Leaving Certificate Examination, 1922
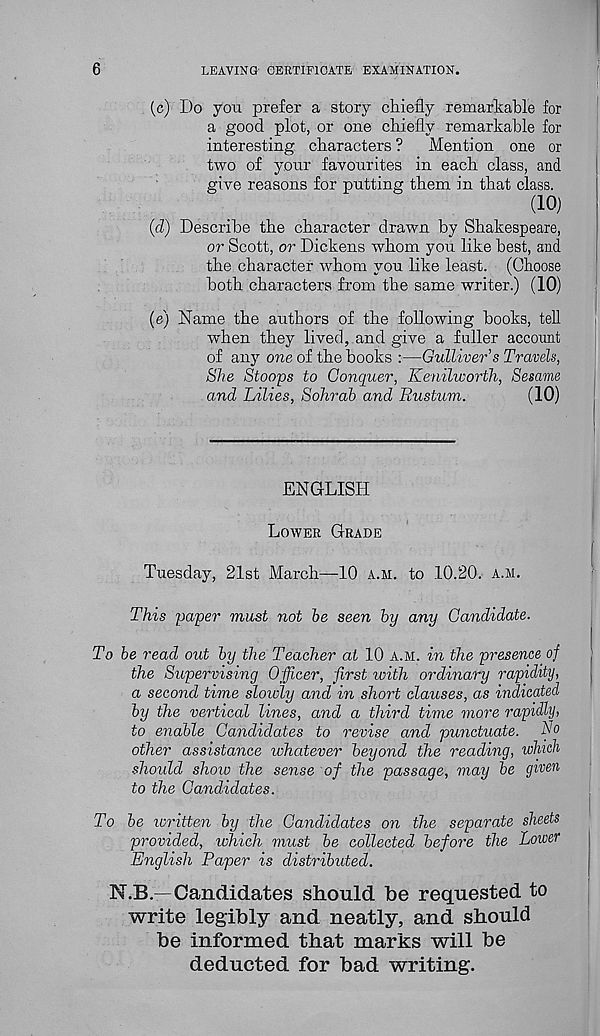
6
LEAVING CERTIFICATE EXAMINATION.
(c) Do you prefer a story chiefly remarkable for
a good plot, or one chiefly remarkable for
interesting characters ? Mention one or
two of your favourites in each class, and
give reasons for putting them in that class.
(10)
(d) Describe the character drawn by Shakespeare,
or Scott, or Dickens whom you like best, and
the character whom you like least. (Choose
both characters from the same writer.) (10)
(e) Name the authors of the following hooks, tell
when they lived, and give a fuller account
of any one of the books :—Gulliver’s Travels,
She Stoops to Conquer, Kenilworth, Sesame
and Lilies, Sohrab and liustum.
(10)
ENGLISH
LOWER GRADE
Tuesday, 21st March—10 A.H. to 10.20. A.M.
This paper must not be seen by any Candidate.
To be read out by the Teacher at 10 A.M. in the presence of
the Supervising Officer, first with ordinary rapidity,
a second time slowly and in short clauses, as indicated
by the vertical lines, and a third time more rapidly,
to enable Candidates to revise and punctuate. N°
other assistance whatever beyond the reading, which
should show the sense of the passage, may be given
to the Candidates.
To be written by the Candidates on the separate sheets
provided, which must be collected before the Lower
English Paper is distributed.
N.B.—Candidates should be requested to
write legibly and neatly, and should
be informed that marks will be
deducted for bad writing.